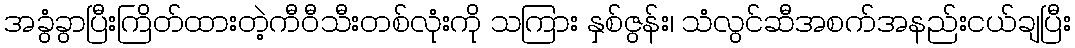
အခွံခွာပြီးကြိတ်ထားတဲ့ကီဝီသီးတစ်လုံးကို သကြား နှစ်ဇွန်း၊ သံလွင်ဆီအစက်အနည်းငယ်ချပြီး